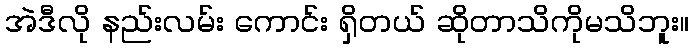
အဲဒီလို နည်းလမ်း ကောင်း ရှိတယ် ဆိုတာသိကိုမသိဘူး။